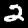
Label: 2